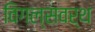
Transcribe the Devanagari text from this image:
विगल्सवर्थ